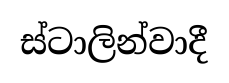
ස්ටාලින්වාදී